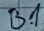
Text: B1